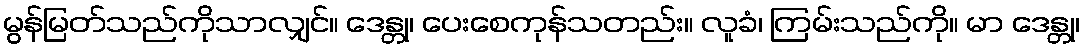
မွန်မြတ်သည်ကိုသာလျှင်။ ဒေန္တု၊ ပေးစေကုန်သတည်း။ လူခံ၊ ကြမ်းသည်ကို။ မာ ဒေန္တု၊